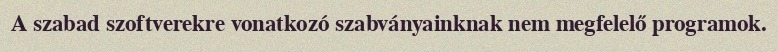
A szabad szoftverekre vonatkozó szabványainknak nem megfelelő programok.